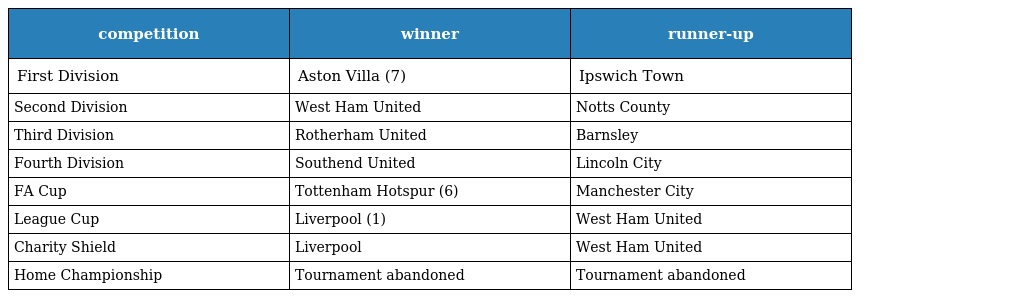
| competition | winner | runner-up |
 | --- | --- | --- |
 | First Division | Aston Villa (7) | Ipswich Town |
 | Second Division | West Ham United | Notts County |
 | Third Division | Rotherham United | Barnsley |
 | Fourth Division | Southend United | Lincoln City |
 | FA Cup | Tottenham Hotspur (6) | Manchester City |
 | League Cup | Liverpool (1) | West Ham United |
 | Charity Shield | Liverpool | West Ham United |
 | Home Championship | Tournament abandoned | Tournament abandoned |